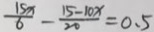
\frac { 1 5 \pi } { 6 } - \frac { 1 5 - 1 0 x } { 2 0 } = 0 . 5